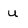
Character: u